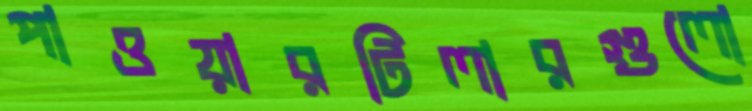
পাওয়ারটিলারগুলো